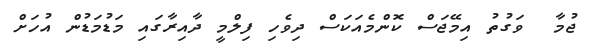
ޖުމާ  ވަގުތު އިމޭޖަސް ކޮންމެއަކަސް ދިވެހި ފިލްމީ ދާއިރާގައި މަޑުމަޑުން އުހަށް